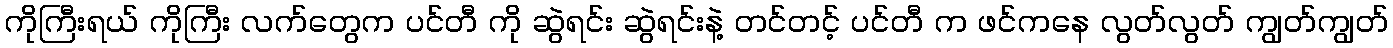
ကိုကြီးရယ် ကိုကြီး လက်တွေက ပင်တီ ကို ဆွဲရင်း ဆွဲရင်းနဲ့ တင်တင့် ပင်တီ က ဖင်ကနေ လွတ်လွတ် ကျွတ်ကျွတ်